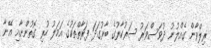
ރިލްވާން ގެއްލުނު ދުވަސްވަރު ސަރުކާރުގެ ބާރުގަދަ ފަރާތްތަކުގެ އަމަލު ހުރި ގޮތުންނާއި އޭނާ